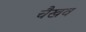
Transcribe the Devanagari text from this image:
चैखव